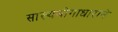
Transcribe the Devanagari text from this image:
सांख्ययोगाधाराने